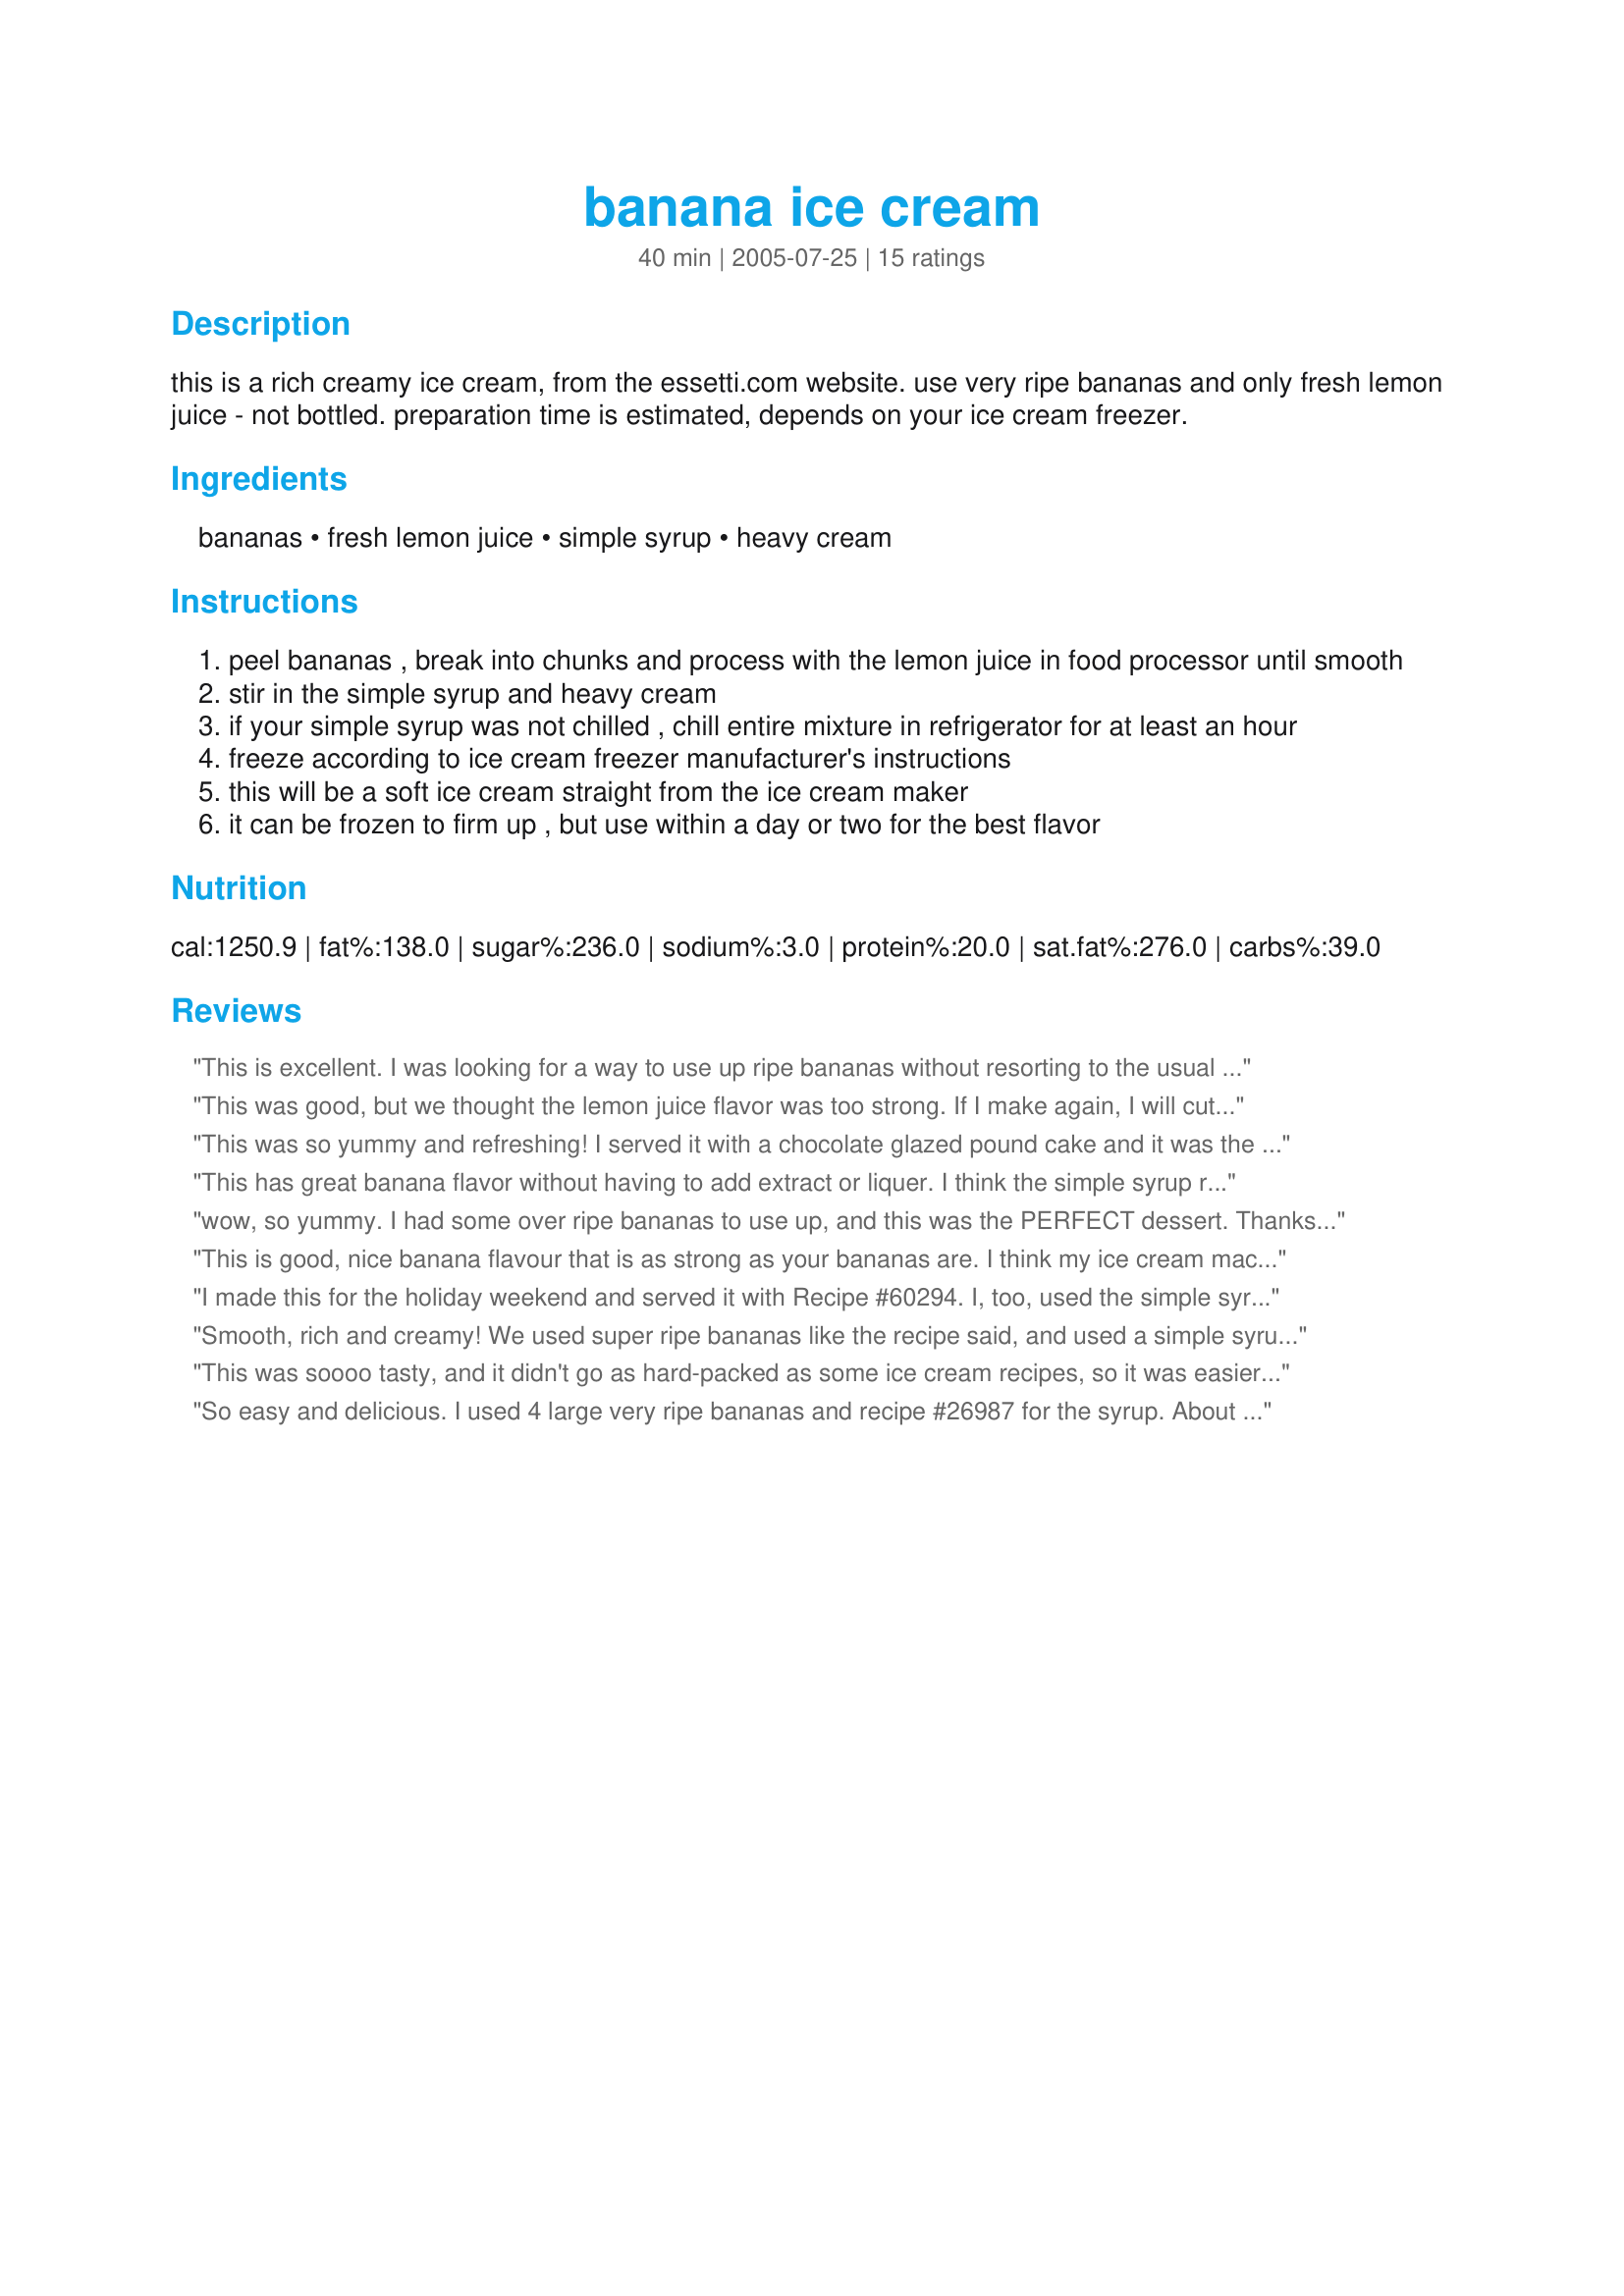
banana ice cream
Preparation time: 40 minutes

this is a rich creamy ice cream, from the essetti.com website. use very ripe bananas and only fresh lemon juice - not bottled. preparation time is estimated, depends on your ice cream freezer.

Ingredients:
bananas, fresh lemon juice, simple syrup, heavy cream

Steps:
peel bananas , break into chunks and process with the lemon juice in food processor until smooth
stir in the simple syrup and heavy cream
if your simple syrup was not chilled , chill entire mixture in refrigerator for at least an hour
freeze according to ice cream freezer manufacturer's instructions
this will be a soft ice cream straight from the ice cream maker
it can be frozen to firm up , but use within a day or two for the best flavor

Reviews:
This is excellent. I was looking for a way to use up ripe bananas without resorting to the usual banana bread, but I think I'll be ripening bananas on purpose now! It tastes like real bananas and is so easy. I didn't measure my lemon juice, just used the juice of half a lemon and it is perfect- not too sweet, not too tart. Thanks for posting this!
This was good, but we thought the lemon juice flavor was too strong. If I make again, I will cut down the lemon to 2 T or maybe less. Don't have to worry about the banana browning because we ate it all!
This was so yummy and refreshing! I served it with a chocolate glazed pound cake and it was the perfect compliment. Everyone loved it.
This has great banana flavor without having to add extract or liquer. I think the simple syrup really helps enhance the banana flavor which can be too subtle because it's so cold. Husband is a huge banana ice cream fan and says this is the best ever.
wow, so yummy. I had some over ripe bananas to use up, and this was the PERFECT dessert. Thanks for posting
This is good, nice banana flavour that is as strong as your bananas are. I think my ice cream machine has seen better days though as I had to put it in the freezer for it to freeze and that even took a very long time (many hours). I didn't end up stirring it in the last while so it was a bit icy but I believe this would be 100% creamy if a new ice cream maker is used. I used properly ripe bananas (spotted a lot and dark around the stem but not black) and the rest of the ingredients including recipe#26987. Made for *** RAMADAN RECIPE TAG - 2011 ***
I made this for the holiday weekend and served it with Recipe #60294. I, too, used the simple syrup that PaulaG did. It was fantastic! I plated the ice cream along side the cake and drizzled chocolate over the top. It was like a banana split on a plate. I will make this again for Fathers Day. Thank you for such a fun recipe. (Made for PRMR)
Smooth, rich and creamy! We used super ripe bananas like the recipe said, and used a simple syrup with lemon. It was a little more tart than most banan ice creams due to the extra lemon but still better than any store made ice cream I've ever tasted, even better than the premium brands.
This was soooo tasty, and it didn't go as hard-packed as some ice cream recipes, so it was easier to eat even after having been in the freezer for a week or two. Very strong banana flavour.
So easy and delicious. I used 4 large very ripe bananas and recipe #26987 for the syrup. About 1/2 cup chopped pecans was added as the ice cream began to freeze. This was used to make ice cream sandwiches which were made with recipe #336579. Nothing like peanut butter, banana and nuts. Thanks for a great recipe that I am sure to make again.
Very creamy and flavorful ice cream! Remember when making this that your end flavor will only be as intense as your bananas, so make sure the bananas you are are ripe! This is such a nice recipe, I think that when I make it again, I am going to add a fudge ripple when the ice cream begins to form and also perhaps a few toasted almonds or walnuts to make it taste more like a banana split! : ) Thank you for this lovely recipe, duonyte!
I made this over a year ago and forgot to review it. This was the first ice cream I ever made, and I loved it, along with everyone who tried it. I added some vanilla extract just for extra depth of flavor. Another great way to do it is to add a split vanilla bean to the syrup.
I was skeptical when my dad requested banana ice cream, but this stuff is amazing. The texture of this ice cream is fantastic. Thank you for sharing this recipe.
This is delicious! So flavorful and rich. Thanks for sharing! Made for Gimme 5 tag.
How good can something get? This is absolutely wonderful (even made with Splenda!) and I love that it uses real fruit instead of chenical flavorings and other "additives". I'm so pleased with the ice cream maker and this was a wonderful christening for it. Creamy and great banana taste. I'm now off to find a recipe for sugar free chocolate sauce. wheeeeeeee!
